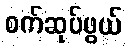
စက်ဆုပ်ဖွယ်